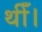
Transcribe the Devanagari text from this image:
थीँ।